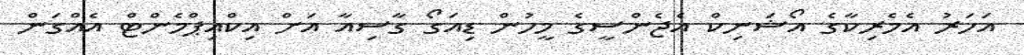
އަހަރު އެމެރިކާގެ އޯޝަނިކް އެޖެންސީގެ މީހުން ޑިއަގޯ ގާސިއާ އަށް އިކްއިޕްމެންޓް އެއްގަން